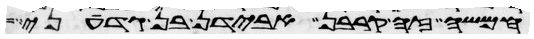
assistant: חמשה זה קרבן אבידן בן גדעוני